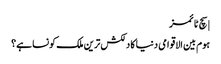
| سچ ٹائمز
ہوم بین الاقوامی دنیا کا دلکش ترین ملک کونسا ہے؟